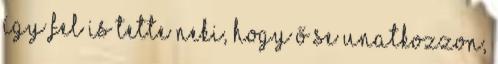
így fel is tette neki, hogy ő se unatkozzon,